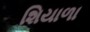
શિયાળા